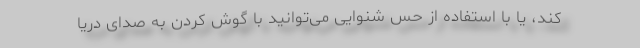
کند، یا با استفاده از حس شنوایی می‌توانید با گوش کردن به صدای دریا